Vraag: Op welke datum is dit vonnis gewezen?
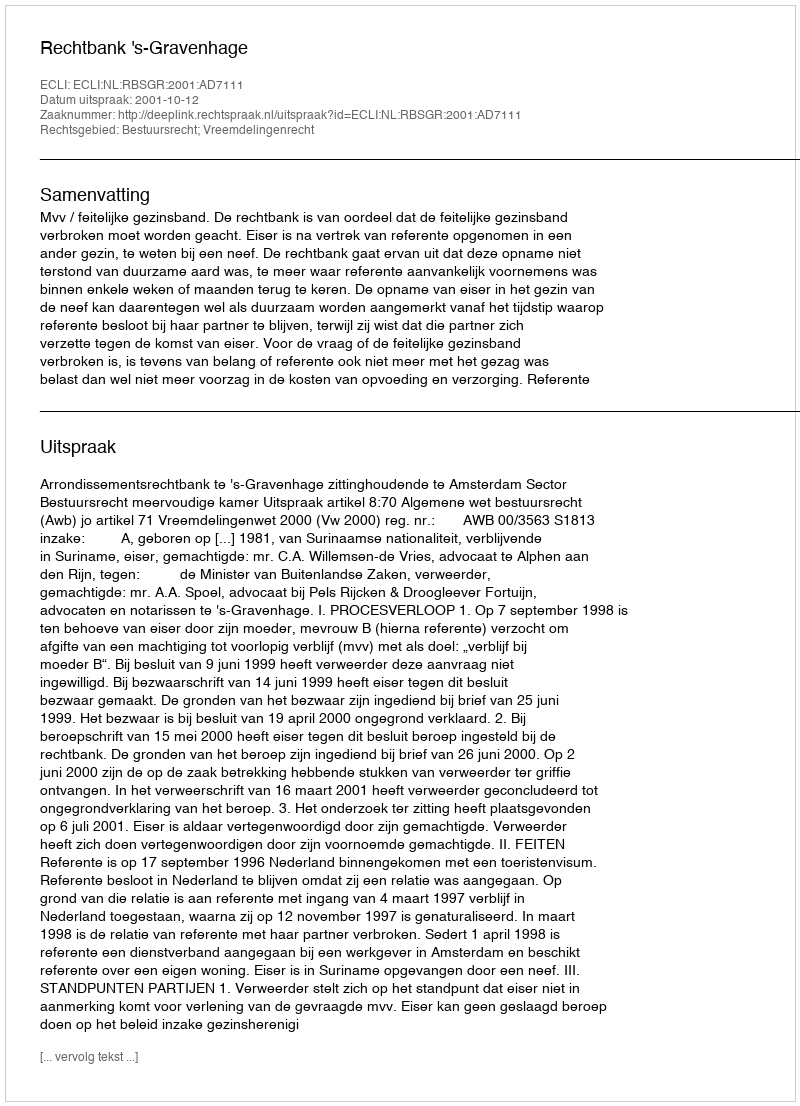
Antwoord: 2001-10-12